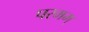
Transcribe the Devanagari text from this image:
परमम्